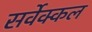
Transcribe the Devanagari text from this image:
सर्वेक्कल